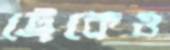
ট্রেকেও